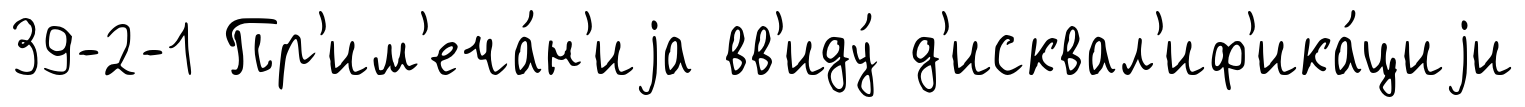
39-2-1 Пр'им'еча́н'иjа вв'иду́ д'исквал'иф'ика́циjи